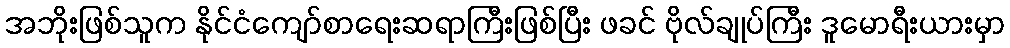
အဘိုးဖြစ်သူက နိုင်ငံကျော်စာရေးဆရာကြီးဖြစ်ပြီး ဖခင် ဗိုလ်ချုပ်ကြီး ဒူမောရီးယားမှာ